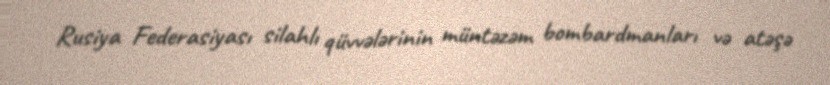
Rusiya Federasiyası silahlı qüvvələrinin müntəzəm bombardmanları və atəşə